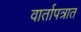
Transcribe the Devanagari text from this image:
वार्तापत्रात